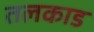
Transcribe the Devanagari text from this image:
तलकाड